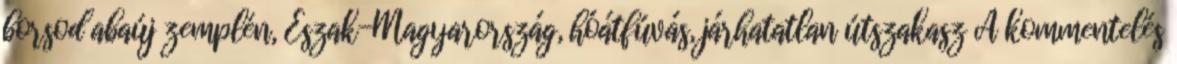
borsod abaúj zemplén, Észak-Magyarország, hóátfúvás, járhatatlan útszakasz A kommentelés